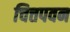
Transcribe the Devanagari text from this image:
चित्तपवन